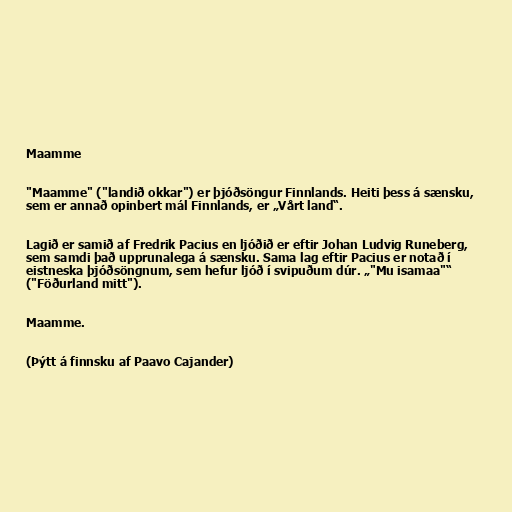
Maamme

"Maamme" ("landið okkar") er þjóðsöngur Finnlands. Heiti þess á sænsku,
sem er annað opinbert mál Finnlands, er „Vårt land“.

Lagið er samið af Fredrik Pacius en ljóðið er eftir Johan Ludvig Runeberg,
sem samdi það upprunalega á sænsku. Sama lag eftir Pacius er notað í
eistneska þjóðsöngnum, sem hefur ljóð í svipuðum dúr. „"Mu isamaa"“
("Föðurland mitt").

Maamme.

(Þýtt á finnsku af Paavo Cajander)